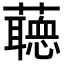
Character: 𧂺